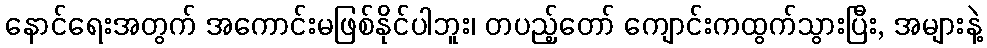
နောင်ရေးအတွက် အကောင်းမဖြစ်နိုင်ပါဘူး၊ တပည့်တော် ကျောင်းကထွက်သွားပြီး, အများနဲ့